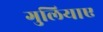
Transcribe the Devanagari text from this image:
गुलियाए